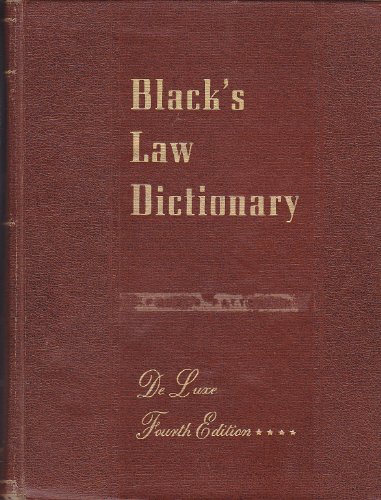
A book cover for Black's Law Dictionary  Fourth Edition (Deluxe edition with brown boards); Henry Campbell Black; Law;